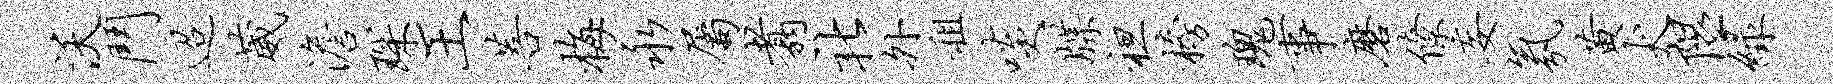
沃斗迢葳澹琛王菩梅永属翥社外租啖牒袒榜瑰事磨僚妄氛黄犬隰绿